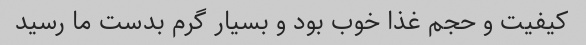
کیفیت و حجم غذا خوب بود و بسیار گرم بدست ما رسید